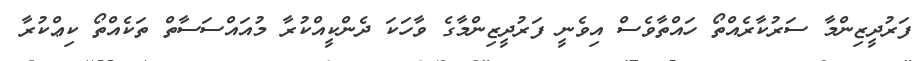
ފަރުދީޒިންމާ ސަރުކާރެއްތޯ ހައްތާވެސް އިވެނީ ފަރުދީޒިންމާގެ ވާހަކަ ދެންކީއްކުރާ މުއައްސަސާތް ތަކެއްތޯ ކިޢްކުރާ